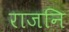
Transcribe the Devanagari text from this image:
राजनि